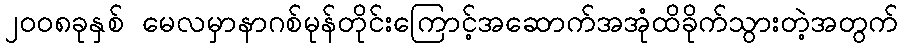
၂၀၀၈ခုနှစ် မေလမှာနာဂစ်မုန်တိုင်းကြောင့်အဆောက်အအုံထိခိုက်သွားတဲ့အတွက်